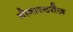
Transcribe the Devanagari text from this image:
मोनास्टरीज़